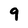
Character: 9